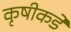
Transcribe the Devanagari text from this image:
कृषीकडे